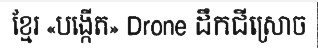
ខ្មែរ «បង្កើត» Drone ដឹកជីស្រោច